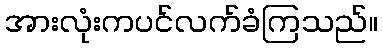
အားလုံးကပင်လက်ခံကြသည်။